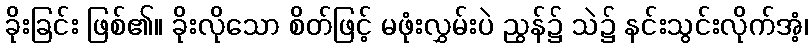
ခိုးခြင်း ဖြစ်၏။ ခိုးလိုသော စိတ်ဖြင့် မဖုံးလွှမ်းပဲ ညွန်၌ သဲ၌ နင်းသွင်းလိုက်အံ့၊